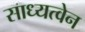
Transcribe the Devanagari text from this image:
साध्यत्वेन